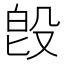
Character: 𣪘